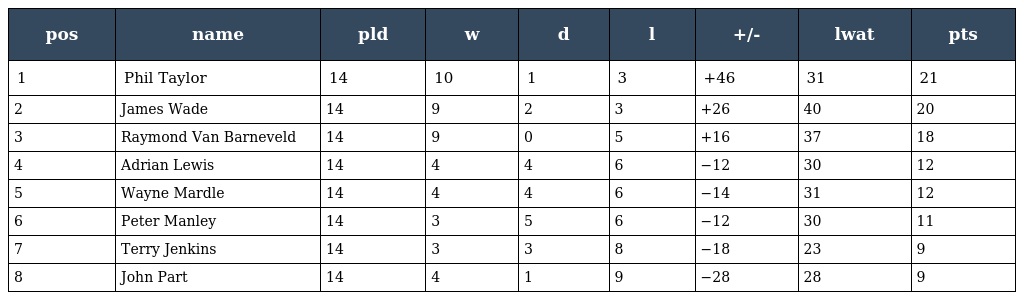
| pos | name | pld | w | d | l | +/- | lwat | pts |
 | --- | --- | --- | --- | --- | --- | --- | --- | --- |
 | 1 | Phil Taylor | 14 | 10 | 1 | 3 | +46 | 31 | 21 |
 | 2 | James Wade | 14 | 9 | 2 | 3 | +26 | 40 | 20 |
 | 3 | Raymond Van Barneveld | 14 | 9 | 0 | 5 | +16 | 37 | 18 |
 | 4 | Adrian Lewis | 14 | 4 | 4 | 6 | −12 | 30 | 12 |
 | 5 | Wayne Mardle | 14 | 4 | 4 | 6 | −14 | 31 | 12 |
 | 6 | Peter Manley | 14 | 3 | 5 | 6 | −12 | 30 | 11 |
 | 7 | Terry Jenkins | 14 | 3 | 3 | 8 | −18 | 23 | 9 |
 | 8 | John Part | 14 | 4 | 1 | 9 | −28 | 28 | 9 |